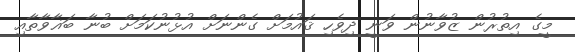
މީގެ އިތުރުން ޒުވާނުން ވަނީ ދިވެހި ޤައުމަށް ގެންނަށް އުޅުނުކަމަށް ބުނާ ބަޣާވާތާއި